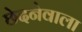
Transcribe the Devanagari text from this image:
छेदनेवाला